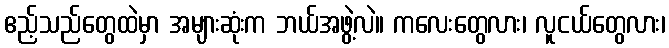
ဧည့်သည်တွေထဲမှာ အများဆုံးက ဘယ်အဖွဲ့လဲ။ ကလေးတွေလား၊ လူငယ်တွေလား၊